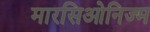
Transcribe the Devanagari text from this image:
मारसिओनिज्म